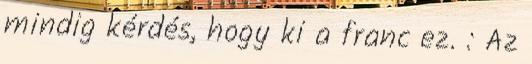
mindig kérdés, hogy ki a franc ez. : Az